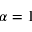
\alpha = 1